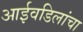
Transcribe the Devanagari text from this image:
आईवडिलांचा